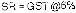
SR = GST @6%